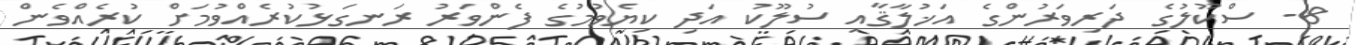
8- ސްކޫލުގެ ދަރިވަރުންގެ އަޚުލާޤާއި ސުލޫކު އަދި ކިޔެވުމުގެ ފެންވަރު ރަނގަޅުކުރެއްވުމަށް ކުރެއްވެން